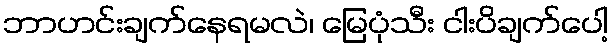
ဘာဟင်းချက်နေရမလဲ၊ မြေပုံသီး ငါးပိချက်ပေါ့